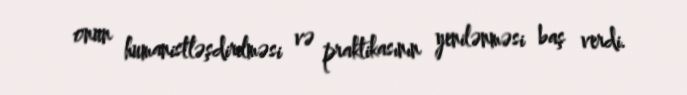
onun humanistləşdirilməsi və praktikasının yenilənməsi baş verdi.